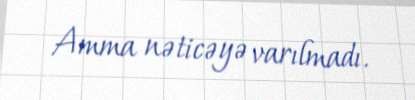
Amma nəticəyə varılmadı.